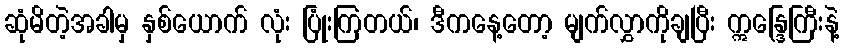
ဆုံမိတဲ့အခါမှ နှစ်ယောက် လုံး ပြုံးကြတယ်၊ ဒီကနေ့တော့ မျက်လွှာကိုချပြီး ဣန္ဒြေကြီးနဲ့